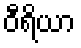
ဝီရိယာ